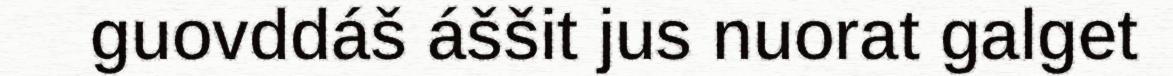
guovddáš áššit jus nuorat galget